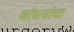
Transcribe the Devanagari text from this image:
बांधवांचा